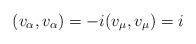
LaTeX: \begin{align*} (v_\alpha,v_\alpha)=-i (v_\mu,v_\mu)=i\end{align*}